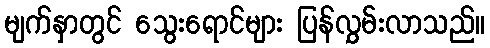
မျက်နှာတွင် သွေးရောင်များ ပြန်လွှမ်းလာသည်။